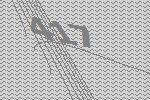
417